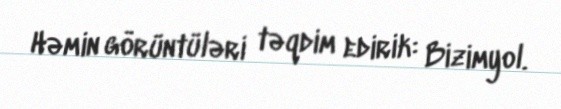
Həmin görüntüləri təqdim edirik: Bizimyol.